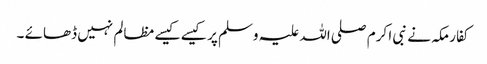
کفار مکہ نے نبی ا کرم صلی اللہ علیہ وسلم پر کیسے کیسے مظالم نہیں ڈھائے ۔